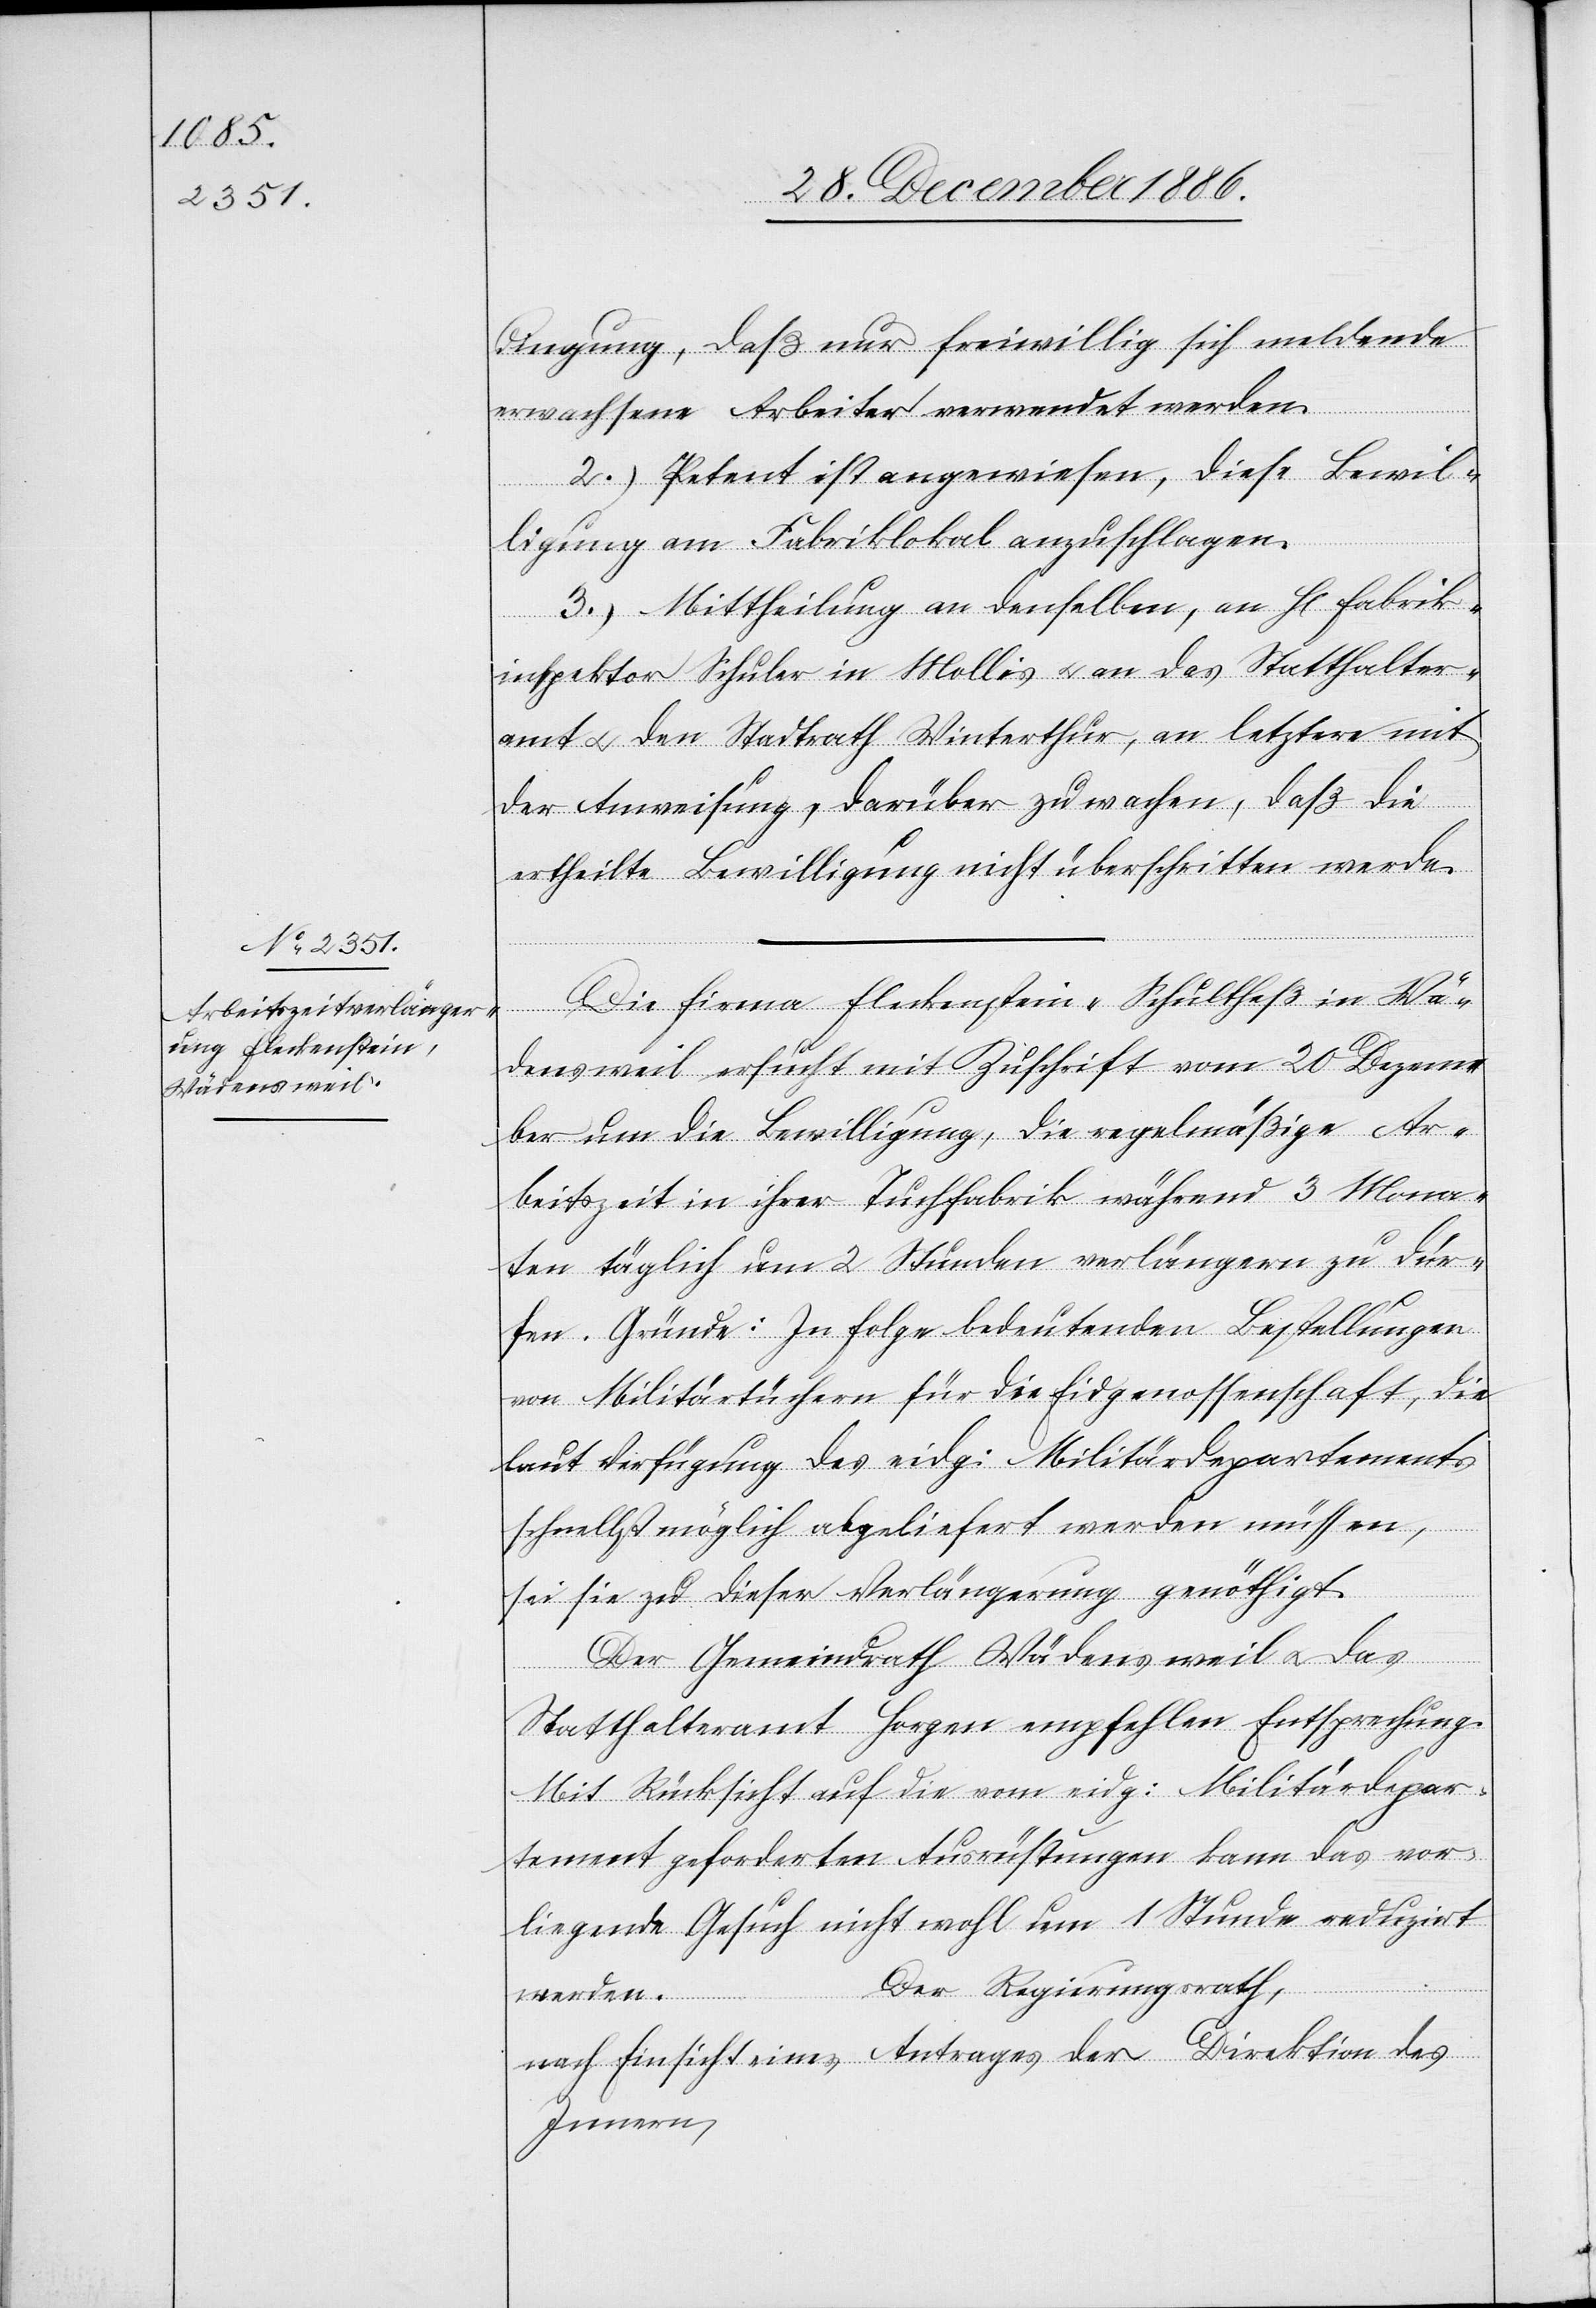
werden
an